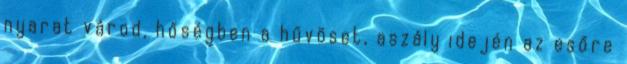
nyarat várod, hőségben a hűvöset, aszály idején az esőre